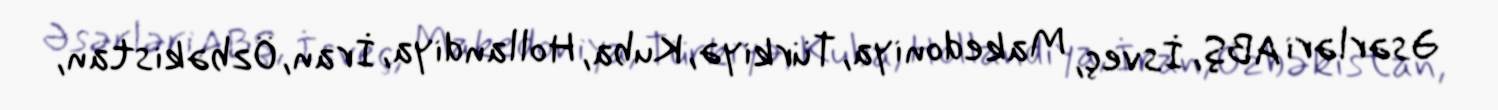
Əsərləri ABŞ, İsveç, Makedoniya, Türkiyə, Kuba, Hollandiya, İran, Özbəkistan,